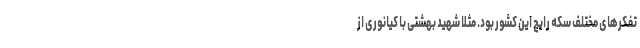
تفکرهای مختلف سکه رایج این کشور بود. مثلا شهید بهشتی با کیانوری از